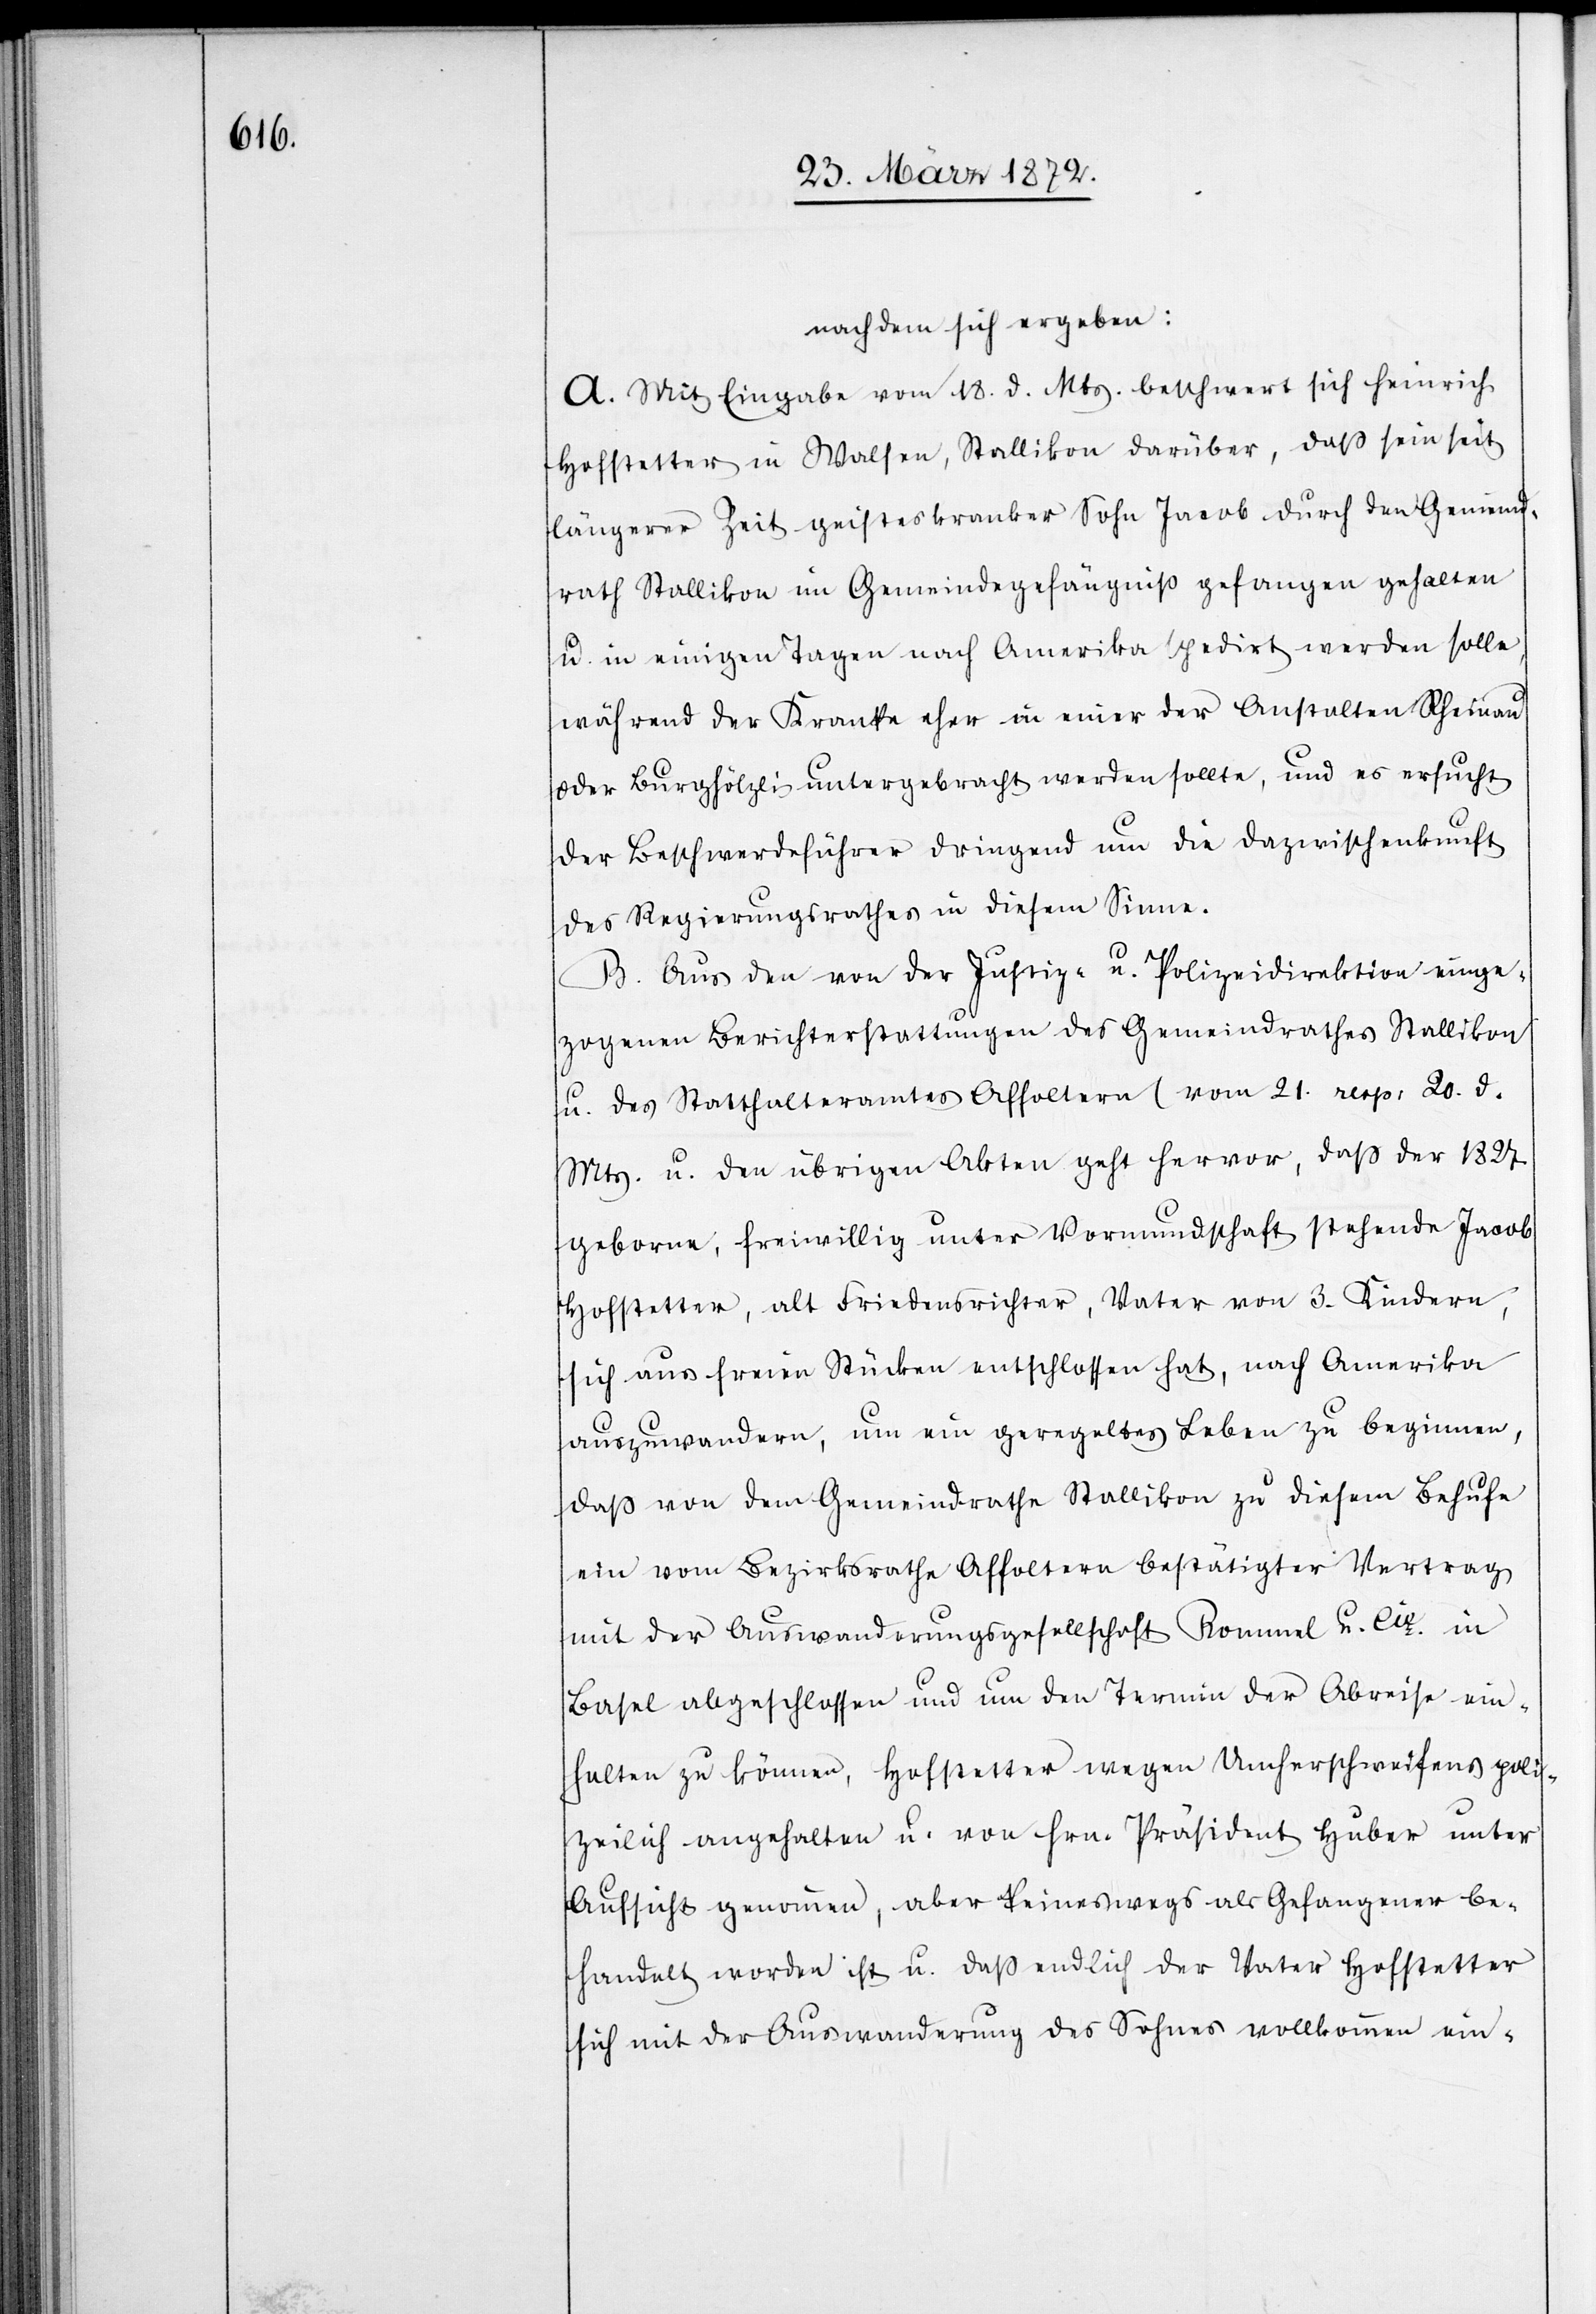
nachdem sich ergeben:
A. Mit Eingabe vom 18. d. Mts. beschwert sich Heinrich
Hofstetter in Walsen, Stallikon darüber, daß sein seit
längerer Zeit geisteskranker Sohn Jacob durch den Gemeind¬
rath Stallikon im Gemeindegefängniß gefangen gehalten
u. in einigen Tagen nach Amerika spedirt werden solle,
während der Kranke eher in einer der Anstalten Rheinau
oder Burghölzli untergebracht werden sollte, und es ersucht
der Beschwerdeführer dringend um die Dazwischenkunft
des Regierungsrathes in diesem Sinne.
B. Aus den von der Justiz- u. Polizeidirektion einge¬
zogenen Berichterstattungen des Gemeindrathes Stallikon
u. des Statthalteramtes Affoltern (vom 21. resp: 20. d.
Mts.[)] u. den übrigen Akten geht hervor, daß der 1827
geborne, freiwillig unter Vormundschaft stehende Jacob
Hofstetter, alt Friedensrichter, Vater von 3. Kindern,
sich aus freien Stücken entschlossen hat, nach Amerika
auszuwandern, um ein geregeltes Leben zu beginnen,
daß von dem Gemeindrathe Stallikon zu diesem Behufe
ein vom Bezirksrathe Affoltern bestätigter Vertrag
mit der Auswanderungsgesellschaft Rommel u. Co. in
Basel abgeschlossen und um den Termin der Abreise ein¬
halten zu können, Hofstetter wegen Umherschweifens poli¬
zeilich angehalten u. von Hrn. Präsident Huber unter
Aufsicht genommen, aber keineswegs als Gefangener be¬
handelt worden ist u. daß endlich der Vater Hofstetter
sich mit der Auswanderung des Sohnes vollkommen ein-